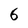
Character: 6